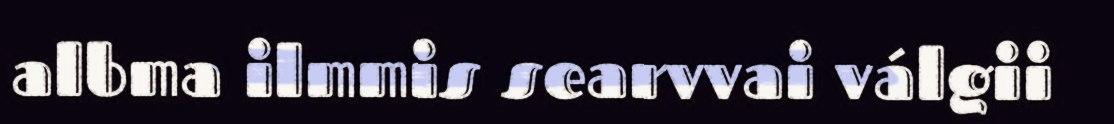
albma ilmmis searvvai válgii